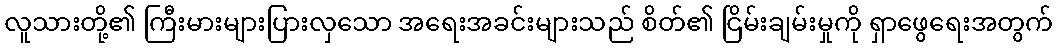
လူသားတို့၏ ကြီးမားများပြားလှသော အရေးအခင်းများသည် စိတ်၏ ငြိမ်းချမ်းမှုကို ရှာဖွေရေးအတွက်